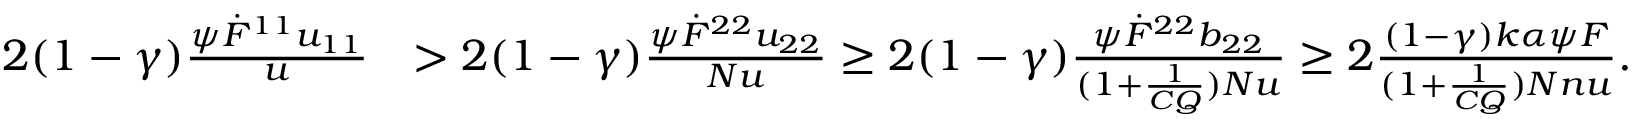
\begin{array} { r l } { 2 ( 1 - \gamma ) \frac { \psi \dot { F } ^ { 1 1 } u _ { 1 1 } } { u } } & { > 2 ( 1 - \gamma ) \frac { \psi \dot { F } ^ { 2 2 } u _ { 2 2 } } { N u } \geq 2 ( 1 - \gamma ) \frac { \psi \dot { F } ^ { 2 2 } b _ { 2 2 } } { ( 1 + \frac { 1 } { C Q } ) N u } \geq 2 \frac { ( 1 - \gamma ) k \alpha \psi F } { ( 1 + \frac { 1 } { C Q } ) N n u } . } \end{array}